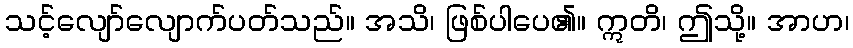
သင့်လျော်လျောက်ပတ်သည်။ အသိ၊ ဖြစ်ပါပေ၏။ ဣတိ၊ ဤသို့။ အာဟ၊